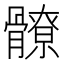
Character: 𩪚